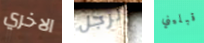
الاخري الرجل قبليني